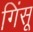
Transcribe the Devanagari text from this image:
गिंसू